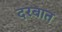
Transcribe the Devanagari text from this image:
दरबात